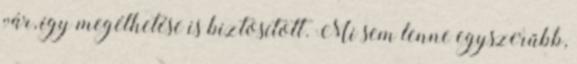
vár, így megélhetése is biztosított. Mi sem lenne egyszerűbb,